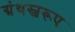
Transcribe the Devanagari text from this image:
ग्रंथस्वरूप